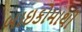
બાઇકોમાથી